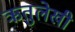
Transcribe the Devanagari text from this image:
ऋतुलेखी